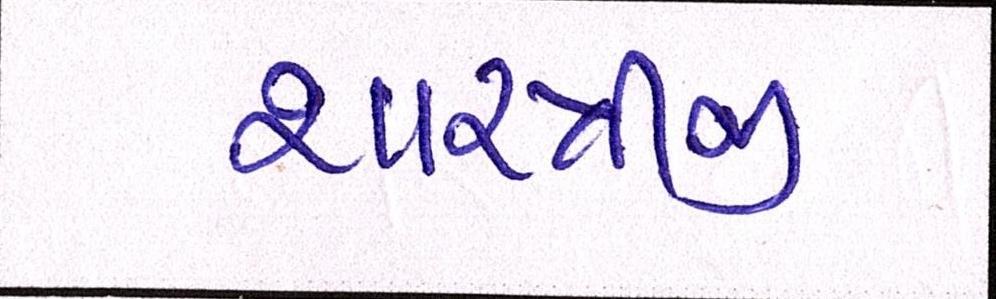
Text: શાસ્ત્રીજી